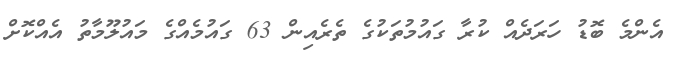
އެންމެ ބޮޑު ހަރަދެއް ކުރާ ގައުމުތަކުގެ ތެރެއިން 63 ގައުމެއްގެ މައުލޫމާތު އެއްކޮށް